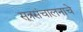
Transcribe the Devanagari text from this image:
सूत्रसंचालनाचे